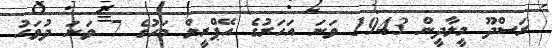
ރަސްދޫ މީލާދީން 1943 ވަނަ އަހަރުގެ އޭޕްރީލް މަހުގެ 7 ވަނަ ދުވަހު